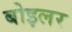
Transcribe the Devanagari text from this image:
बोइलर